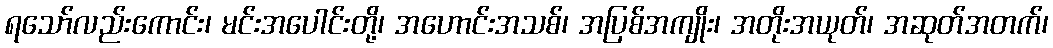
ရသော်လည်းကောင်း၊ မင်းအပေါင်းတို့၊ အဟောင်းအသစ်၊ အပြစ်အကျိုး၊ အတိုးအယုတ်၊ အဆုတ်အတက်၊